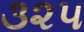
૩૨૫